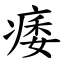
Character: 痿